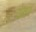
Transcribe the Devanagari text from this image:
उंतर